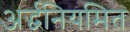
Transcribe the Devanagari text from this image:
अर्द्धनियमित